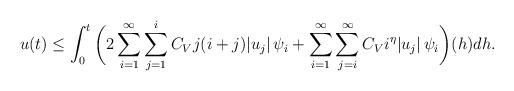
LaTeX: \begin{align*} u(t) & \leq \int_{0}^{t}\bigg(2\sum_{i=1}^{\infty} \sum_{j=1}^{i}C_{V} j (i+j) |u_j|\,\psi_i + \sum_{i=1}^{\infty} \sum_{j=i}^{\infty} C_V i^{\eta} |u_j|\, \psi_i \bigg)(h) dh.\\\end{align*}